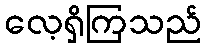
လေ့ရှိကြသည်